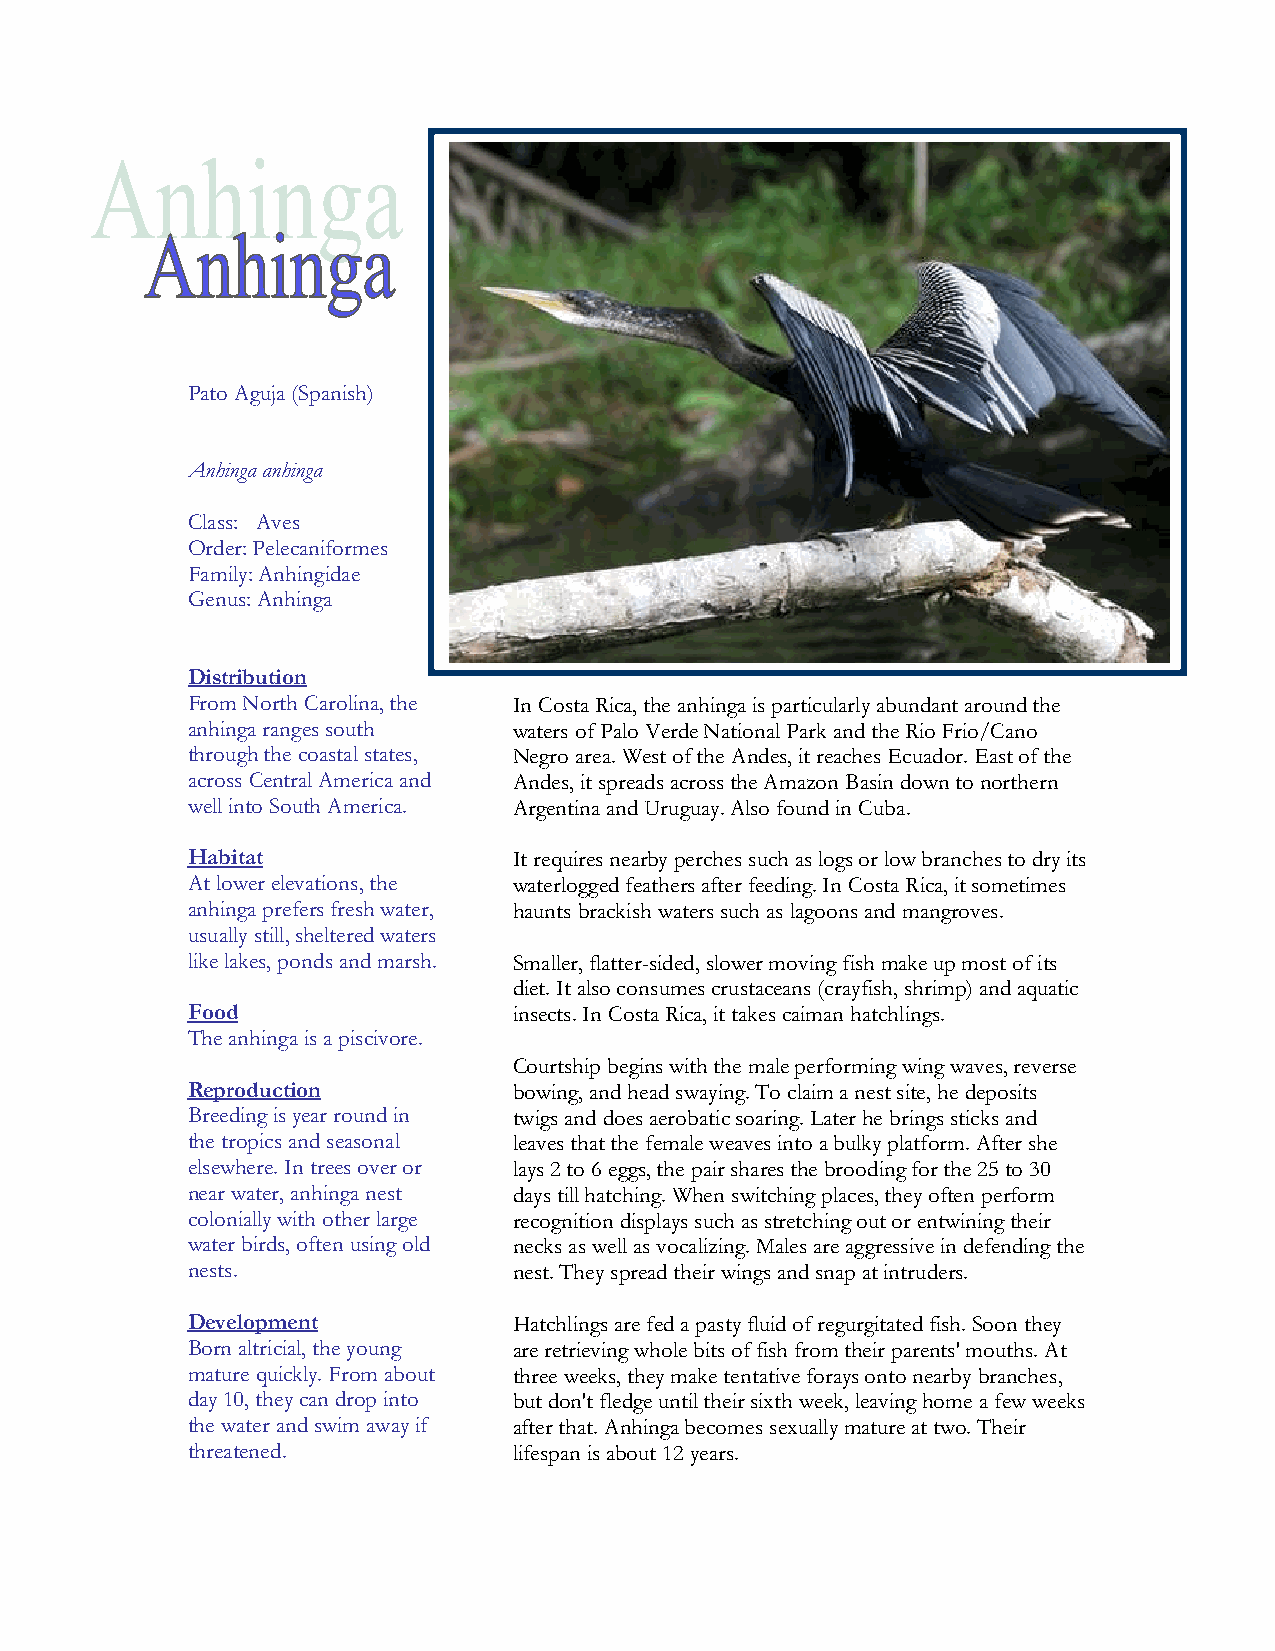
Pato Aguja (Spanish)
 Anhinga anhinga
 Class: Aves
 Order: Pelecaniformes
 Family: Anhingidae
 Genus: Anhinga
 Distribution
 From North Carolina, the In Costa Rica, the anhinga is particularly abundant around the
 anhinga ranges south  waters of Palo Verde National Park and the Rio Frio/Cano
 through the coastal states, Negro area. West of the Andes, it reaches Ecuador. East of the
 across Central America and Andes, it spreads across the Amazon Basin down to northern
 well into South America. Argentina and Uruguay. Also found in Cuba.
 Habitat               It requires nearby perches such as logs or low branches to dry its
 At lower elevations, the waterlogged feathers after feeding. In Costa Rica, it sometimes
 anhinga prefers fresh water, haunts brackish waters such as lagoons and mangroves.
 usually still, sheltered waters
 like lakes, ponds and marsh. Smaller, flatter-sided, slower moving fish make up most of its
 diet. It also consumes crustaceans (crayfish, shrimp) and aquatic
 Food                  insects. In Costa Rica, it takes caiman hatchlings.
 The anhinga is a piscivore.
 Courtship begins with the male performing wing waves, reverse
 Reproduction          bowing, and head swaying. To claim a nest site, he deposits
 Breeding is year round in twigs and does aerobatic soaring. Later he brings sticks and
 the tropics and seasonal leaves that the female weaves into a bulky platform. After she
 elsewhere. In trees over or lays 2 to 6 eggs, the pair shares the brooding for the 25 to 30
 near water, anhinga nest days till hatching. When switching places, they often perform
 colonially with other large recognition displays such as stretching out or entwining their
 water birds, often using old necks as well as vocalizing. Males are aggressive in defending the
 nests.                nest. They spread their wings and snap at intruders.
 Development           Hatchlings are fed a pasty fluid of regurgitated fish. Soon they
 Born altricial, the young are retrieving whole bits of fish from their parents' mouths. At
 mature quickly. From about three weeks, they make tentative forays onto nearby branches,
 day 10, they can drop into but don't fledge until their sixth week, leaving home a few weeks
 the water and swim away if after that. Anhinga becomes sexually mature at two. Their
 threatened.           lifespan is about 12 years.